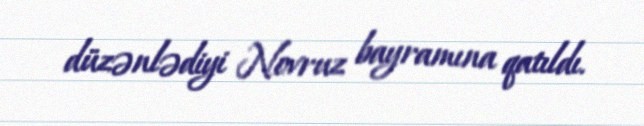
düzənlədiyi Novruz bayramına qatıldı.